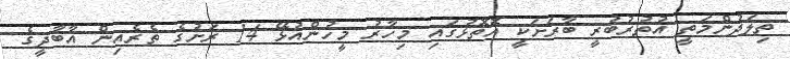
ތިލަދުންމަތީ އުތުރުބުރީ ބާރަށަކީ އޮތޮޅުގައި މިހާރު މީހުންއުޅޭ 14 ރަށުގެ ތެރެއިން އާބާދީގެ